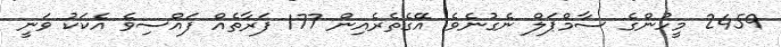
2459 މީހުންގެ ސާމްޕަލް ނެގުނެވެ. އޭގެތެރެއިން 177 ފަރާތެއް ފައްސިވެ އެކަކު ވަނީ